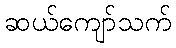
ဆယ်ကျော်သက်